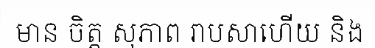
មាន ចិត្ត សុភាព រាបសាហើយ និង